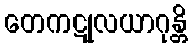
တေကဋုလယာဂုန္တိ